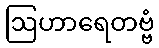
ဩဟာရေတဗ္ဗံ